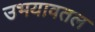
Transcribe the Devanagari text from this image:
उभयावतल